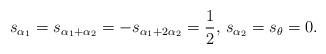
LaTeX: \begin{align*}s_{\alpha_1}=s_{\alpha_1+\alpha_2}=-s_{\alpha_1+2\alpha_2}= \frac{1}{2},\, s_{\alpha_2}=s_{\theta}=0.\end{align*}